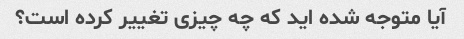
آیا متوجه شده اید که چه چیزی تغییر کرده است؟